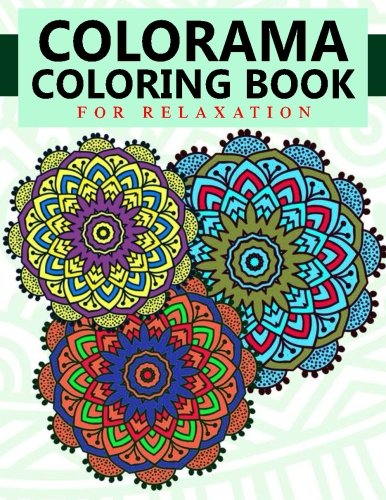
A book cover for Colorama Coloring Book for Relaxation: Stress Relieving Patterns : Coloring Books For Adults, coloring books for adults relaxation, coloring book for grown ups (Volume 11); Colorama Coloring Book; Arts & Photography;